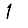
Digit: 1